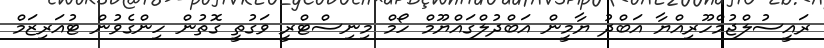
ރައީސުލްޖުމްހޫރިއްޔާ އަބްދު ޔާމީން އަބްދުލްގައްޔޫމް ހޯމް މިނިސްޓްރީ ވަގުތީ ގޮތުން ހިންގެވުން ޓުއަރިޒަމް